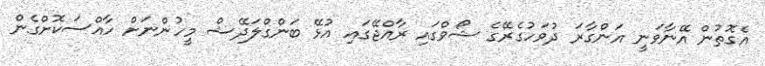
އެގޮތުން އޭނާވަނީ އަންގާރަ ދުވަހުގެރޭގެ ޝޯވްގައި ރާއްޖޭގައި އުޅޭ ބަންގްލަދޭޝް މީހުންނަށް ހާއްސަކޮށްގެން